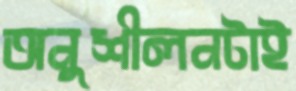
অনুশীলনটাই